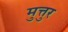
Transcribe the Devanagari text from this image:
मुत्तुर